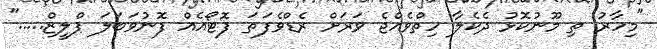
"މިހާރު ތި މޫނުކޮޅު ދެކެލާ ހިތްވެއްޖެ ވަރަށް ރެޑްވެފަތަ ފޮޓޯއެއް ފޮނުވަބަލަ ޕްލީޒް....."